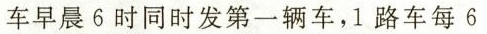
车早晨6时同时发第一辆车，1路车每6